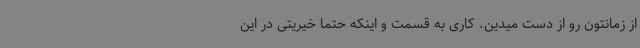
از زمانتون رو از دست میدین. کاری به قسمت و اینکه حتماً خیریتی در این